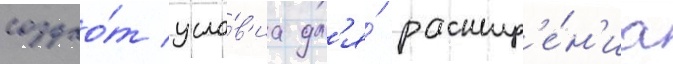
создао́т усло́в'иа дл'я́ расшир'е́н'иа